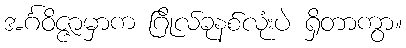
အင်္ဂဝိဇ္ဇာမှာက ဂြိုလ်ခုနစ်လုံးပဲ ရှိတာကွာ။